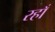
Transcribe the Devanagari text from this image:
रहाँ